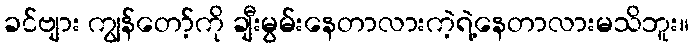
ခင်ဗျား ကျွန်တော့်ကို ချီးမွမ်းနေတာလားကဲ့ရဲ့နေတာလားမသိဘူး။